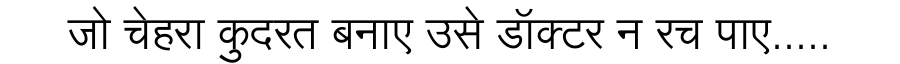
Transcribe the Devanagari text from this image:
जो चेहरा कुदरत बनाए उसे डॉक्टर न रच पाए.....